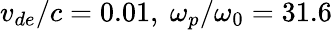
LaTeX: v_{de}/c=0.01,\ \omega_{p}/\omega_{0}=31.6